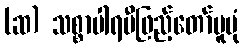
(ဆ) သစ္စာပါရမီဖြည့်တော်မူပုံ